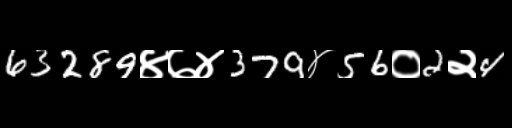
Text: 63289४७४379४56०2२4